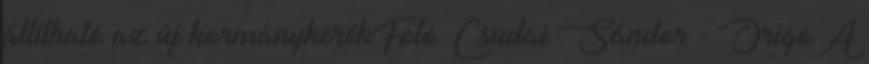
állítható az új kormánykerékFotó: Csudai Sándor - Origo A